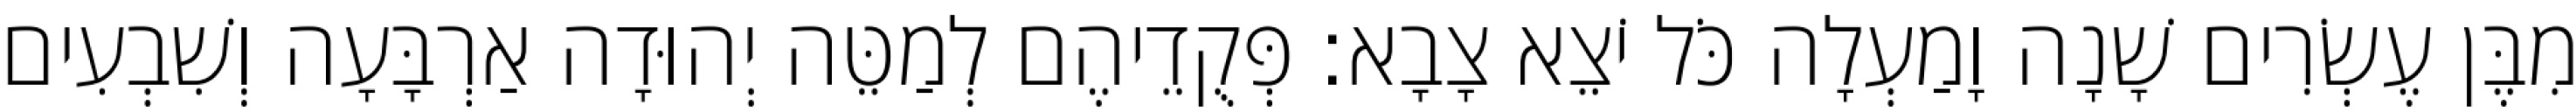
מִבֶּן עֶשְׂרִים שָׁנָה וָמַעְלָה כֹּל יֹצֵא צָבָא׃ פְּקֻדֵיהֶם לְמַטֵּה יְהוּדָה אַרְבָּעָה וְשִׁבְעִים